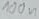
Text: 100n